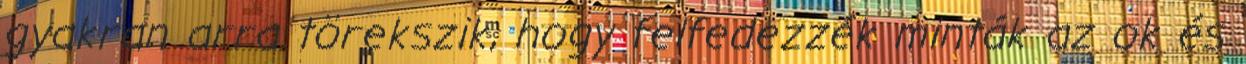
gyakran arra törekszik, hogy felfedezzék minták az ok és